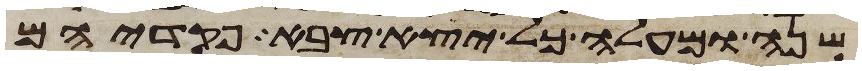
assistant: שנה ומעלה כל יצא צבא פקדיהם